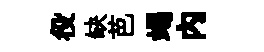
役缺芭竭內